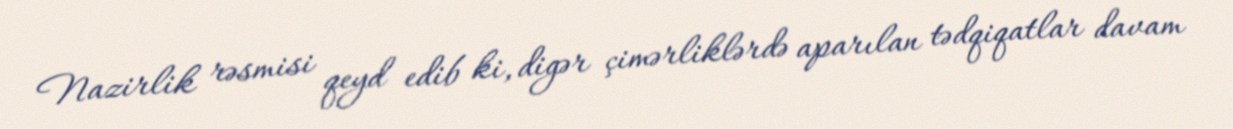
Nazirlik rəsmisi qeyd edib ki, digər çimərliklərdə aparılan tədqiqatlar davam